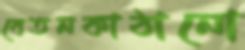
বেতনকাঠানো